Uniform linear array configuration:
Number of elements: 48
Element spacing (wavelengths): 0.5
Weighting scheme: kaiser
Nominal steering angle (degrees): -30
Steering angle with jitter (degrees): -31.339
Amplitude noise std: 0.05
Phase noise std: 0.05

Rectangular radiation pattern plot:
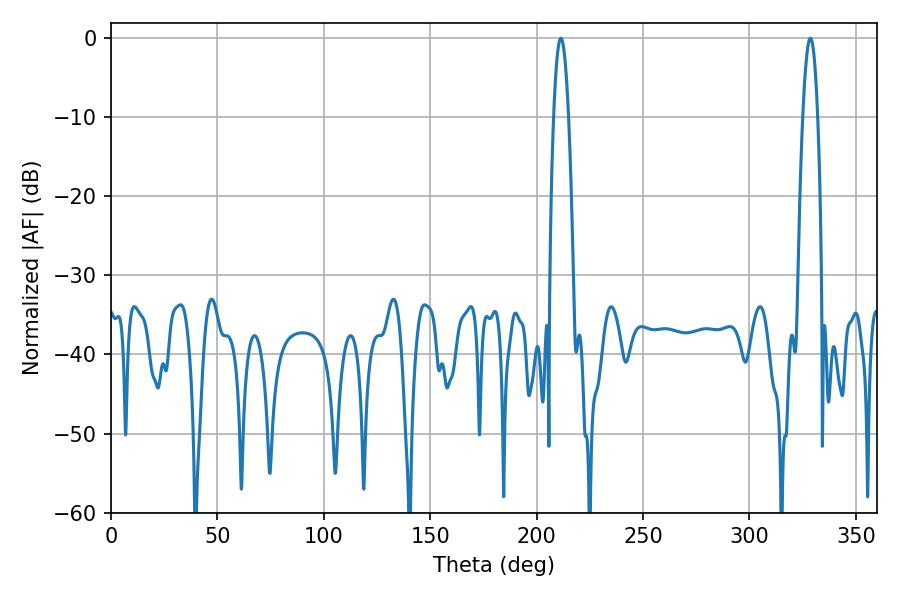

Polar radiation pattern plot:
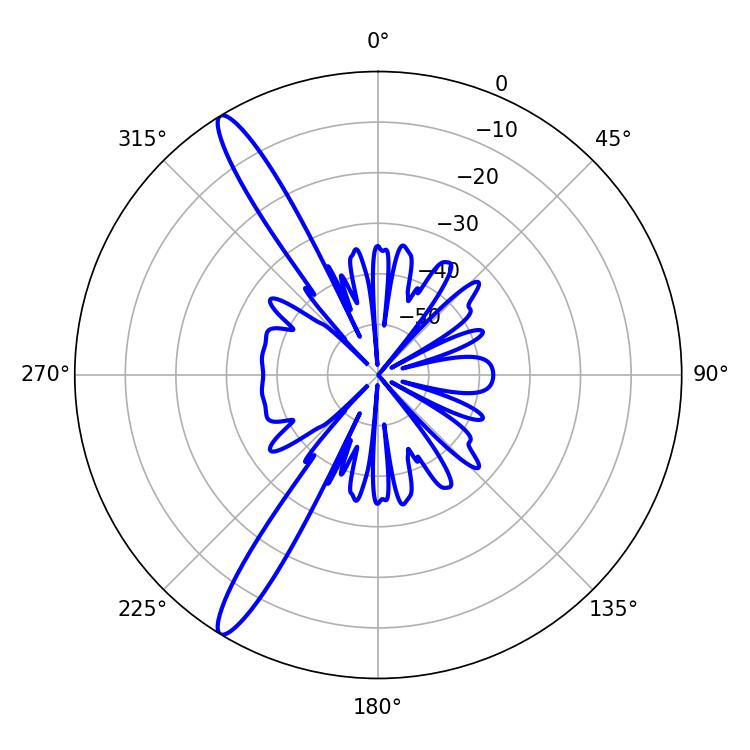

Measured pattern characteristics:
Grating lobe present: FALSE
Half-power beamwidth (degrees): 3.78
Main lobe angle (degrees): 211.32